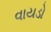
વાયડો